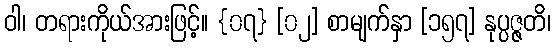
ဝါ၊ တရားကိုယ်အားဖြင့်။ {၀၇} [၀၂] စာမျက်နှာ [၁၅၇] နုပ္ပဇ္ဇတိ၊